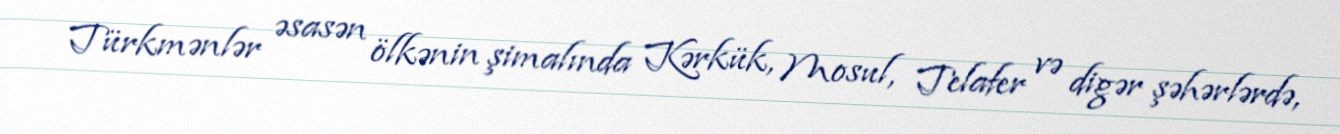
Türkmənlər əsasən ölkənin şimalında Kərkük, Mosul, Telafer və digər şəhərlərdə,